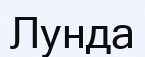
Лунда